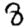
Digit: 8